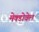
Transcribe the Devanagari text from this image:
मेक्डोवेल